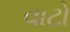
વાટો